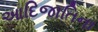
આદિજાતિના